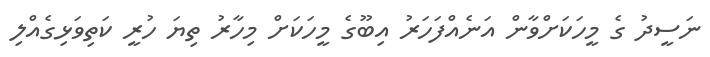
ނަސީދު ގެ މީހަކަށްވާން އަނެއްފަހަރު އިބޫގެ މީހަކަށް މިހާރު ތިޔަ ހުރީ ކަތިވަޅިގެއްލި